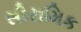
સીરામિક